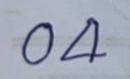
04